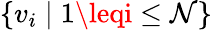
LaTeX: \{ v_{i}\mid1\leqi\leq\mathcal{N}\}